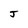
Character: J